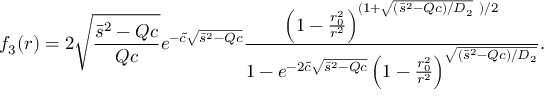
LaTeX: f _ { 3 } ( r ) = 2 \sqrt { \frac { \bar { s } ^ { 2 } - Q c } { Q c } } e ^ { - \tilde { c } \sqrt { \bar { s } ^ { 2 } - Q c } } \frac { \left( 1 - \frac { r _ { 0 } ^ { 2 } } { r ^ { 2 } } \right) ^ { ( 1 + \sqrt { ( \bar { s } ^ { 2 } - Q c ) / D _ { 2 } } \ ) / 2 } } { 1 - e ^ { - 2 \tilde { c } \sqrt { \bar { s } ^ { 2 } - Q c } } \left( 1 - \frac { r _ { 0 } ^ { 2 } } { r ^ { 2 } } \right) ^ { \sqrt { ( \bar { s } ^ { 2 } - Q c ) / D _ { 2 } } } } .